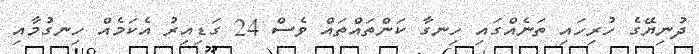
ދުނިޔޭގެ ހުރިހައި ތަނެއްގައި ހިނގާ ކަންތައްތައް ވެސް 24 ގަޑިއިރު އެކަމެއް ހިނގުމާއި